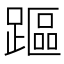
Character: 𨄅